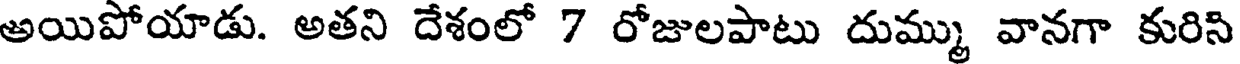
అయిపోయాడు. అతని దేశంలో 7 రోజులపాటు దుమ్ము వానగా కురిసి